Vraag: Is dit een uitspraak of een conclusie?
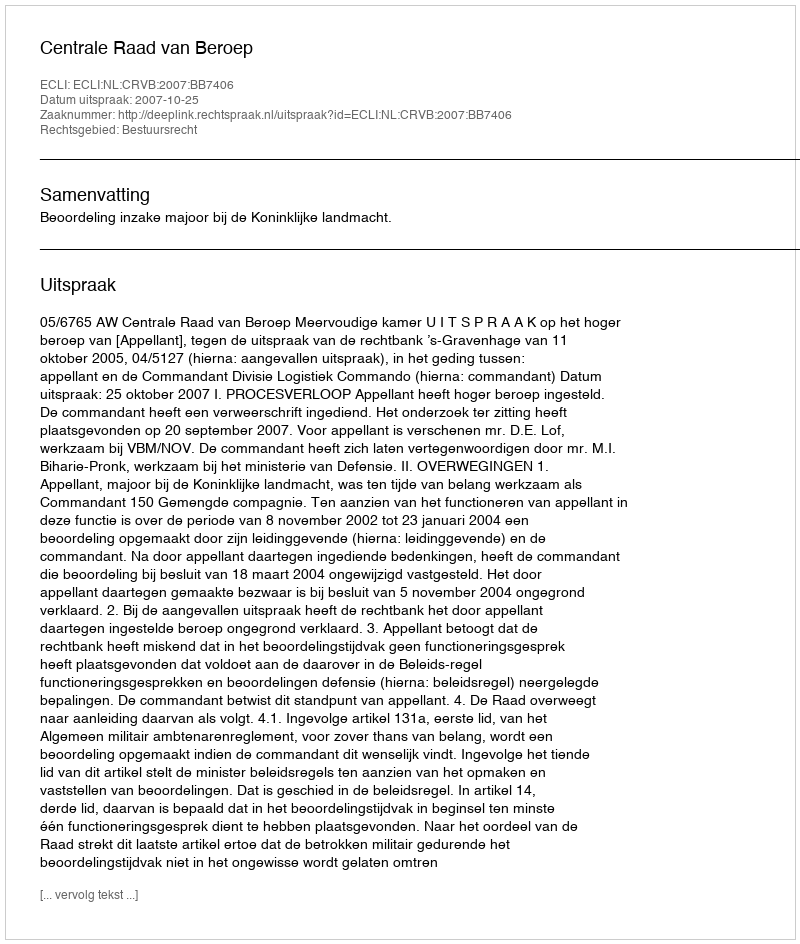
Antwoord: Uitspraak